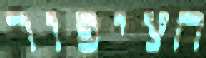
הציפור